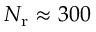
{ N _ { \mathrm { r } } } \approx 3 0 0